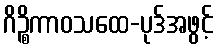
ဂိဉ္စိကာဝသထေ-ပုဒ်အဖွင့်